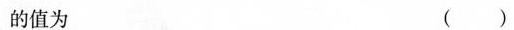
的值为 ( )